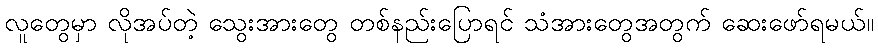
လူတွေမှာ လိုအပ်တဲ့ သွေးအားတွေ တစ်နည်းပြောရင် သံအားတွေအတွက် ဆေးဖော်ရမယ်။